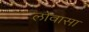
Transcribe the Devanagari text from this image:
लोवासा